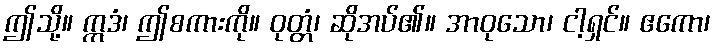
ဤသို့။ ဣဒံ၊ ဤစကားကို။ ဝုတ္တံ၊ ဆိုအပ်၏။ အာဝုသော၊ ငါ့ရှင်။ ဧကော၊